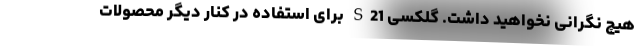
هیچ نگرانی نخواهید داشت. گلکسی S21 برای استفاده در کنار دیگر محصولات